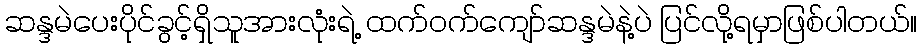
ဆန္ဒမဲပေးပိုင်ခွင့်ရှိသူအားလုံးရဲ့ ထက်ဝက်ကျော်ဆန္ဒမဲနဲ့ပဲ ပြင်လို့ရမှာဖြစ်ပါတယ်။